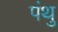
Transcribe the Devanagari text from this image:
पंथु